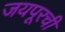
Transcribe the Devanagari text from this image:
जयपूरची